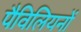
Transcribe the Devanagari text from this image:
पैविलियनों